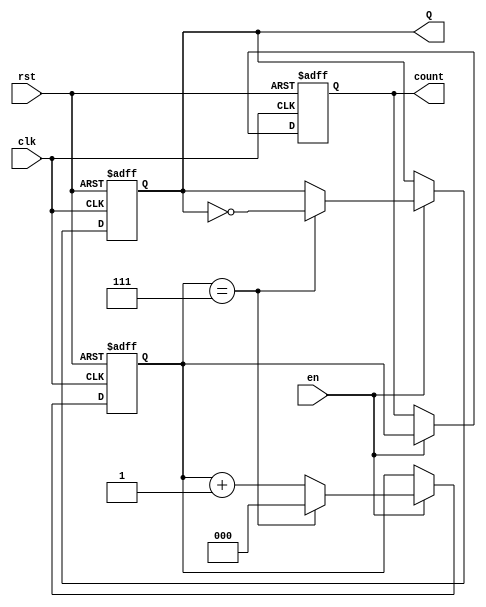
module divide_by_n_counter #(
    parameter N = 8 // Default value for N
)(
    input wire clk,     // Clock signal
    input wire rst,     // Reset signal (active high)
    input wire en,      // Enable signal
    output reg Q,       // Output signal
    output reg [$clog2(N)-1:0] count // Optional count output
);

    // Internal counter
    reg [$clog2(N)-1:0] counter;

    // Sequential logic for the counter
    always @(posedge clk or posedge rst) begin
        if (rst) begin
            counter <= 0; // Reset the counter to 0
            Q <= 0;       // Reset the output Q
        end else if (en) begin
            // Increment the counter if enabled
            if (counter == N-1) begin
                counter <= 0; // Wrap around
                Q <= ~Q;      // Toggle Q
            end else begin
                counter <= counter + 1; // Increment counter
            end
        end
    end

    // Optional count output
    always @(posedge clk or posedge rst) begin
        if (rst) begin
            count <= 0; // Reset count output
        end else if (en) begin
            count <= counter; // Update count output
        end
    end

endmodule